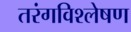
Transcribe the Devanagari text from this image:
तरंगविश्लेषण